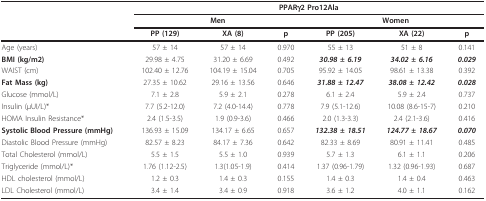
<table><thead><tr><td></td><td colspan="6"><b>PPARγ2 Pro12Ala</b></td></tr><tr><td></td><td colspan="3"><b>Men</b></td><td colspan="3"><b>Women</b></td></tr><tr><td></td><td><b>PP (129)</b></td><td><b>XA (8)</b></td><td><b>p</b></td><td><b>PP (205)</b></td><td><b>XA (22)</b></td><td><b>p</b></td></tr></thead><tbody><tr><td>Age (years)</td><td>57 ± 14</td><td>57 ± 14</td><td>0.970</td><td>55 ± 13</td><td>51 ± 8</td><td>0.141</td></tr><tr><td><b>BMI (kg/m2)</b></td><td>29.98 ± 4.75</td><td>31.20 ± 6.69</td><td>0.492</td><td><b><i>30.98 ± 6.19</i></b></td><td><b><i>34.02 ± 6.16</i></b></td><td><b><i>0.029</i></b></td></tr><tr><td>WAIST (cm)</td><td>102.40 ± 12.76</td><td>104.19 ± 15.04</td><td>0.705</td><td>95.92 ± 14.05</td><td>98.61 ± 13.38</td><td>0.392</td></tr><tr><td><b>Fat Mass (kg)</b></td><td>27.35 ± 10.62</td><td>29.16 ± 13.56</td><td>0.646</td><td><b><i>31.88 ± 12.47</i></b></td><td><b><i>38.08 ± 12.42</i></b></td><td><b><i>0.028</i></b></td></tr><tr><td>Glucose (mmol/L)</td><td>7.1 ± 2.8</td><td>5.9 ± 2.1</td><td>0.278</td><td>6.1 ± 2.4</td><td>5.9 ± 2.4</td><td>0.737</td></tr><tr><td>Insulin (μUI/L)*</td><td>7.7 (5.2-12.0)</td><td>7.2 (4.0-14.4)</td><td>0.778</td><td>7.9 (5.1-12.6)</td><td>10.08 (8.6-15-7)</td><td>0.210</td></tr><tr><td>HOMA Insulin Resistance*</td><td>2.4 (1.5-3.5)</td><td>1.9 (0.9-3.6)</td><td>0.466</td><td>2.0 (1.3-3.3)</td><td>2.4 (2.1-3.6)</td><td>0.416</td></tr><tr><td><b>Systolic Blood Pressure (mmHg)</b></td><td>136.93 ± 15.09</td><td>134.17 ± 6.65</td><td>0.657</td><td><b><i>132.38 ± 18.51</i></b></td><td><b><i>124.77 ± 18.67</i></b></td><td><b><i>0.070</i></b></td></tr><tr><td>Diastolic Blood Pressure (mmHg)</td><td>82.57 ± 8.23</td><td>84.17 ± 7.36</td><td>0.642</td><td>82.33 ± 8.69</td><td>80.91 ± 11.41</td><td>0.485</td></tr><tr><td>Total Cholesterol (mmol/L)</td><td>5.5 ± 1.5</td><td>5.5 ± 1.0</td><td>0.939</td><td>5.7 ± 1.3</td><td>6.1 ± 1.1</td><td>0.206</td></tr><tr><td>Triglyceride (mmol/L)*</td><td>1.76 (1.12-2.5)</td><td>1.3(1.05-1.9)</td><td>0.414</td><td>1.37 (0.96-1.79)</td><td>1.32 (0.96-1.93)</td><td>0.687</td></tr><tr><td>HDL cholesterol (mmol/L)</td><td>1.2 ± 0.3</td><td>1.4 ± 0.3</td><td>0.155</td><td>1.4 ± 0.3</td><td>1.4 ± 0.4</td><td>0.463</td></tr><tr><td>LDL Cholesterol (mmol/L)</td><td>3.4 ± 1.4</td><td>3.4 ± 0.9</td><td>0.918</td><td>3.6 ± 1.2</td><td>4.0 ± 1.1</td><td>0.162</td></tr></tbody></table>